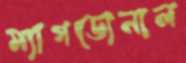
ম্যাগডোনাল